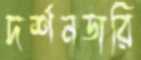
দর্শনডারি